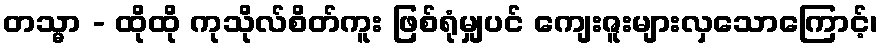
တသ္မာ - ထိုထို ကုသိုလ်စိတ်ကူး ဖြစ်ရုံမျှပင် ကျေးဇူးများလှသောကြောင့်၊